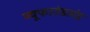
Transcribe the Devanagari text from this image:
न्यूफाउंडलंड